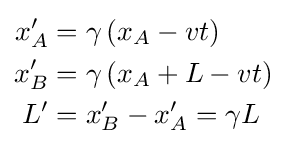
{\begin{aligned}x'_{A}&=\gamma \left(x_{A}-vt\right)\\x'_{B}&=\gamma \left(x_{A}+L-vt\right)\\L'&=x'_{B}-x'_{A}=\gamma L\end{aligned}}